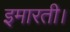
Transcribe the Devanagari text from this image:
इमारती।